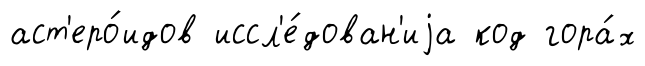
аст'еро́идов иссл'е́дован'иjа код гора́х